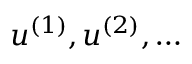
\boldsymbol { u } ^ { ( 1 ) } , \boldsymbol { u } ^ { ( 2 ) } , \ldots